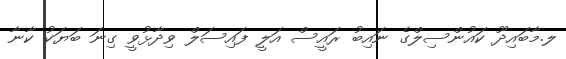
ލ.މާބައިދޫ ކައުންސިލްގެ ނައިބު ރައީސް އަލީ ފައިސަލް ވިދާޅުވީ ގިނަ ބަޔަކު ކާނާ